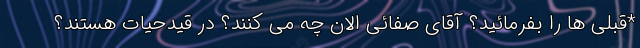
*قبلی ها را بفرمائید؟ آقای صفائی الان چه می کنند؟ در قیدحیات هستند؟